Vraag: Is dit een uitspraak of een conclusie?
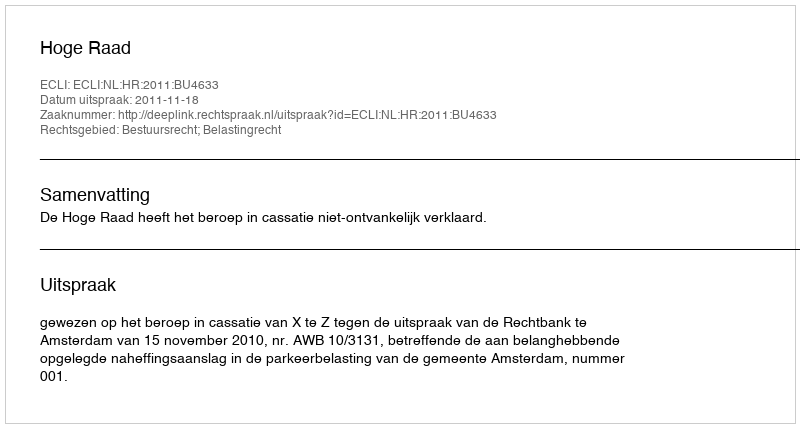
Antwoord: Uitspraak